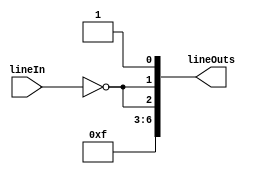
module Oner(lineIn, lineOuts);

	// Define inputs and outputs
	input lineIn;
	output [6:0] lineOuts;
	
	// Assign 1 on 7 segment
	assign lineOuts[0] = 1;
	assign lineOuts[1] = ~lineIn;
	assign lineOuts[2] = ~lineIn;
	assign lineOuts[3] = 1;
	assign lineOuts[4] = 1;
	assign lineOuts[5] = 1;
	assign lineOuts[6] = 1;

endmodule